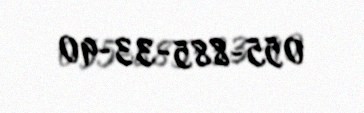
055-885-33-90